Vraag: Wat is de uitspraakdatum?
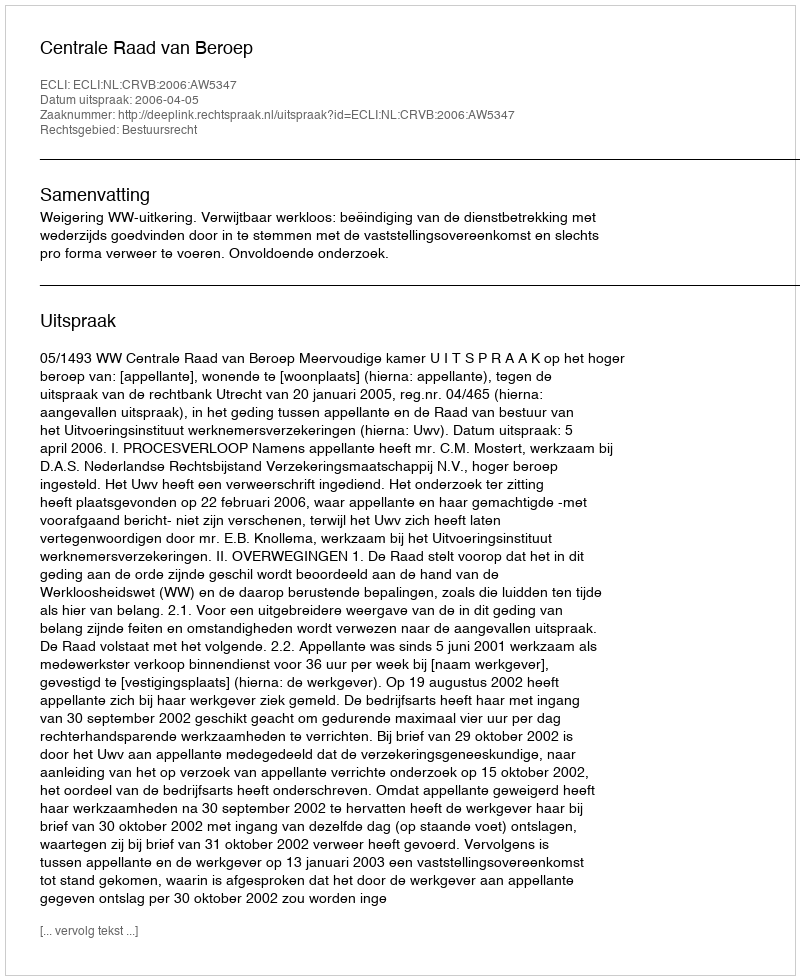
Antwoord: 2006-04-05